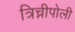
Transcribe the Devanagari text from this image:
त्रिच्नीपोली